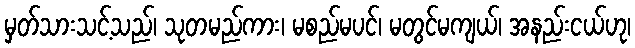
မှတ်သားသင့်သည်၊ သုတမည်ကား၊ မစည်မပင်၊ မတွင်မကျယ်၊ အနည်းငယ်ဟု၊